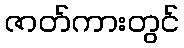
ဇာတ်ကားတွင်